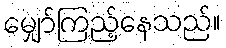
မျှော်ကြည့်နေသည်။